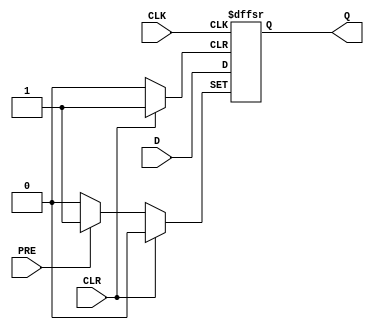
module d_ff_async_preset (
    input wire D,
    input wire CLK,
    input wire PRE,
    input wire CLR,
    output reg Q
);

always @(posedge CLK or posedge PRE or posedge CLR) begin
    if (PRE) begin
        Q <= 1;
    end else if (CLR) begin
        Q <= 0;
    end else begin
        Q <= D;
    end
end

endmodule